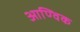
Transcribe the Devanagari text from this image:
आण्‍विक